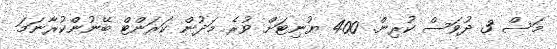
މަސް 3 ދުވަސް ކުރިން. 400 ޔުނިޓަށް ވުރެ މަދުން ކަރަންޓް ބޭނުންކުރާނަމަ